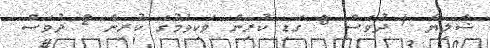
ޝާލިޔާ 1 ދުވަސް 8 ގަޑި ކުރިން ވަކިވުމުގެ ކުރިން 2 ދުވަސް